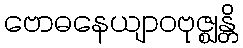
ဗောဓနေယျာဝဗုဇ္ဈန္တိ